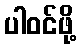
ပါဝင်ဖို့